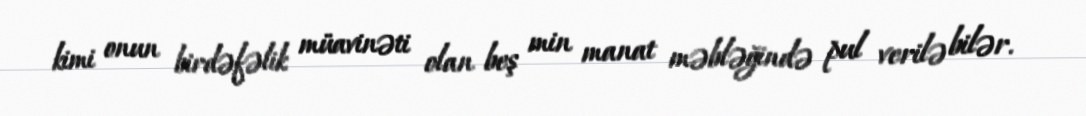
kimi onun birdəfəlik müavinəti olan beş min manat məbləğində pul verilə bilər.